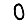
Digit: 0